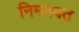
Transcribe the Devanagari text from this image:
निमनवत